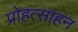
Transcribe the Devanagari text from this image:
प्रोहत्साहन